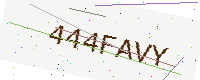
Text: 444FAVY